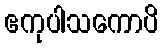
ဧကုပါသကောပိ